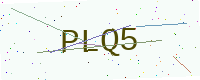
Text: PLQ5